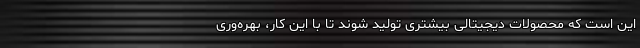
این است که محصولات دیجیتالی بیشتری تولید شوند تا با این کار، بهره‌وری